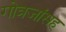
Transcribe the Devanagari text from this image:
गोत्रजांसह